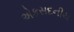
એકસદનીય